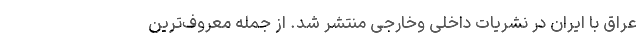
عراق با ایران در نشریات داخلی وخارجی منتشر شد. از جمله معروف‌ترین